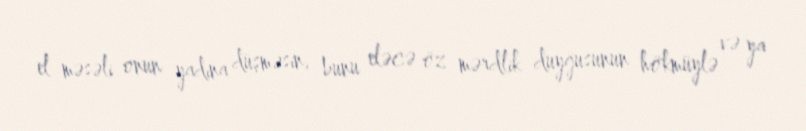
el məsəli onun yadına düşməsin, bunu eləcə öz mərdlik duyğusunun hökmüylə və ya